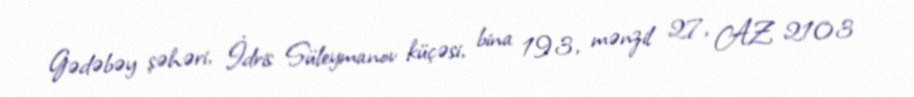
Gədəbəy şəhəri, İdris Süleymanov küçəsi, bina 193, mənzil 27, AZ 2103